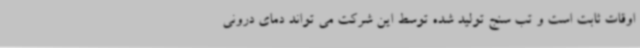
اوقات ثابت است و تب سنج تولید شده توسط این شرکت می تواند دمای درونی